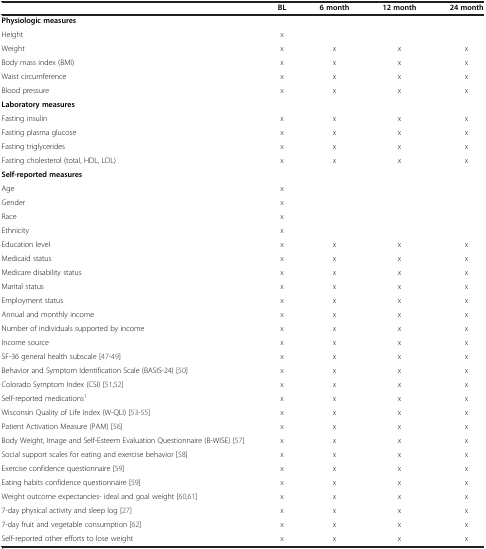
|  | BL | 6 month | 12 month | 24 month |
 | --- | --- | --- | --- | --- |
 | Physiologic measures |  |  |  |  |
 | Height | x |  |  |  |
 | Weight | x | x | x | x |
 | Body mass index (BMI) | x | x | x | x |
 | Waist circumference | x | x | x | x |
 | Blood pressure | x | x | x | x |
 | Laboratory measures |  |  |  |  |
 | Fasting insulin | x | x | x | x |
 | Fasting plasma glucose | x | x | x | x |
 | Fasting triglycerides | x | x | x | x |
 | Fasting cholesterol (total, HDL, LDL) | x | x | x | x |
 | Self-reported measures |  |  |  |  |
 | Age | x |  |  |  |
 | Gender | x |  |  |  |
 | Race | x |  |  |  |
 | Ethnicity | x |  |  |  |
 | Education level | x | x | x | x |
 | Medicaid status | x | x | x | x |
 | Medicare disability status | x | x | x | x |
 | Marital status | x | x | x | x |
 | Employment status | x | x | x | x |
 | Annual and monthly income | x | x | x | x |
 | Number of individuals supported by income | x | x | x | x |
 | Income source | x | x | x | x |
 | SF-36 general health subscale [47-49] | x | x | x | x |
 | Behavior and Symptom Identification Scale (BASIS-24) [50] | x | x | x | x |
 | Colorado Symptom Index (CSI) [51,52] | x | x | x | x |
 | Self-reported medications1 | x | x | x | x |
 | Wisconsin Quality of Life Index (W-QLI) [53-55] | x | x | x | x |
 | Patient Activation Measure (PAM) [56] | x | x | x | x |
 | Body Weight, Image and Self-Esteem Evaluation Questionnaire (B-WISE) [57] | x | x | x | x |
 | Social support scales for eating and exercise behavior [58] | x | x | x | x |
 | Exercise confidence questionnaire [59] | x | x | x | x |
 | Eating habits confidence questionnaire [59] | x | x | x | x |
 | Weight outcome expectancies- ideal and goal weight [60,61] | x | x | x | x |
 | 7-day physical activity and sleep log [27] | x | x | x | x |
 | 7-day fruit and vegetable consumption [62] | x | x | x | x |
 | Self-reported other efforts to lose weight | x | x | x | x |